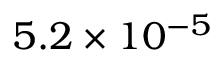
5 . 2 \times 1 0 ^ { - 5 }